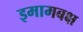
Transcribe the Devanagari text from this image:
इमामबक्ष